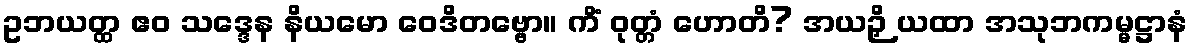
ဥဘယတ္ထ ဧဝ သဒ္ဒေန နိယမော ဝေဒိတဗ္ဗော။ ကိံ ဝုတ္တံ ဟောတိ? အယဉှိ ယထာ အသုဘကမ္မဋ္ဌာနံ